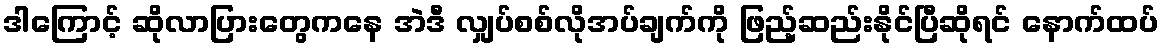
ဒါကြောင့် ဆိုလာပြားတွေကနေ အဲဒီ လျှပ်စစ်လိုအပ်ချက်ကို ဖြည့်ဆည်းနိုင်ပြီဆိုရင် နောက်ထပ်